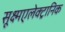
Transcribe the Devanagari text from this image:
सूक्ष्मएलेक्ट्रानिक